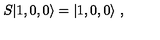
S | 1 , 0 , 0 \rangle = | 1 , 0 , 0 \rangle \ ,